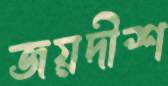
জয়দীশ